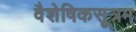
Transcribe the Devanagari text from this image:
वैशेषिकसूत्रम्